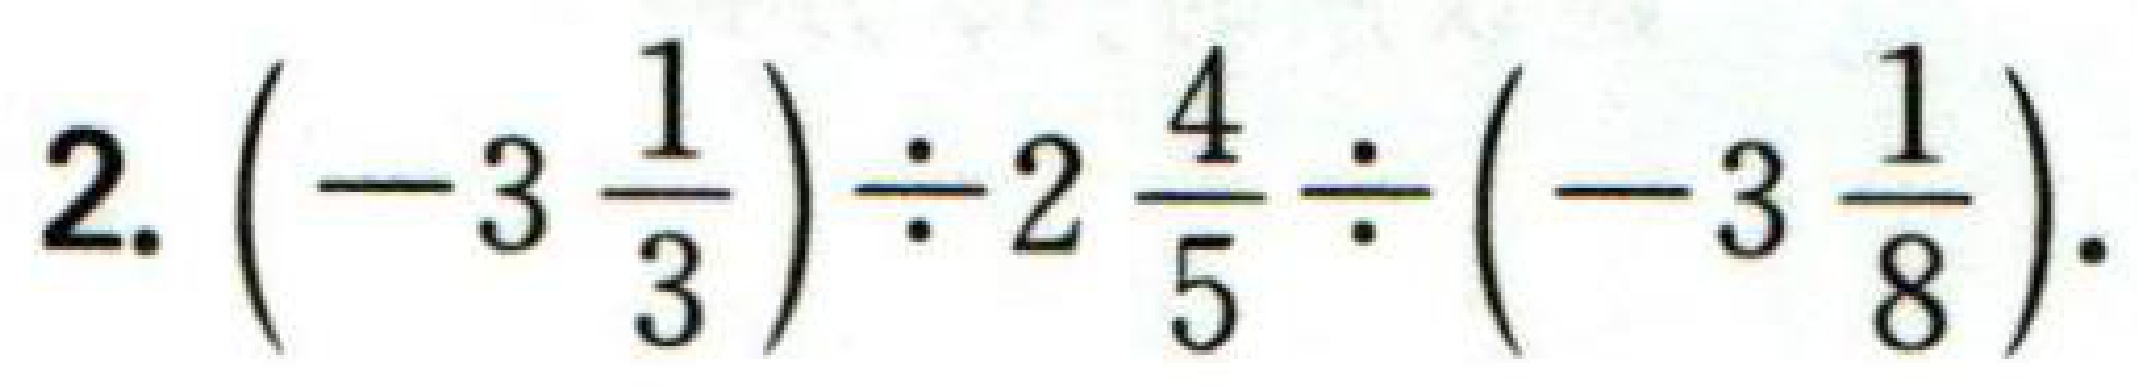
2. $\left(-3\frac{1}{3}\right)\div2\frac{4}{5}\div\left(-3\frac{1}{8}\right).$